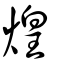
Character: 煌